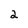
Character: 2